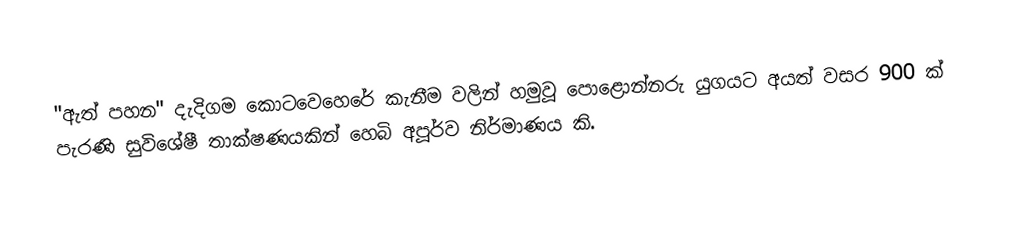
"ඇත් පහන" දැදිගම කොටවෙහෙරේ කැනීම වලින් හමුවූ පොළොන්නරු යුගයට අයත් වසර 900 ක් පැරණි සුවිශේෂී තාක්ෂණයකින් හෙබි අපූර්ව නිර්මාණය කි.